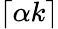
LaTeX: \lceil\alpha k\rceil